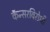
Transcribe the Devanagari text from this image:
कॅन्सरविरोधी